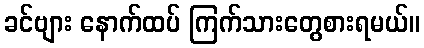
ခင်ဗျား နောက်ထပ် ကြက်သားတွေစားရမယ်။